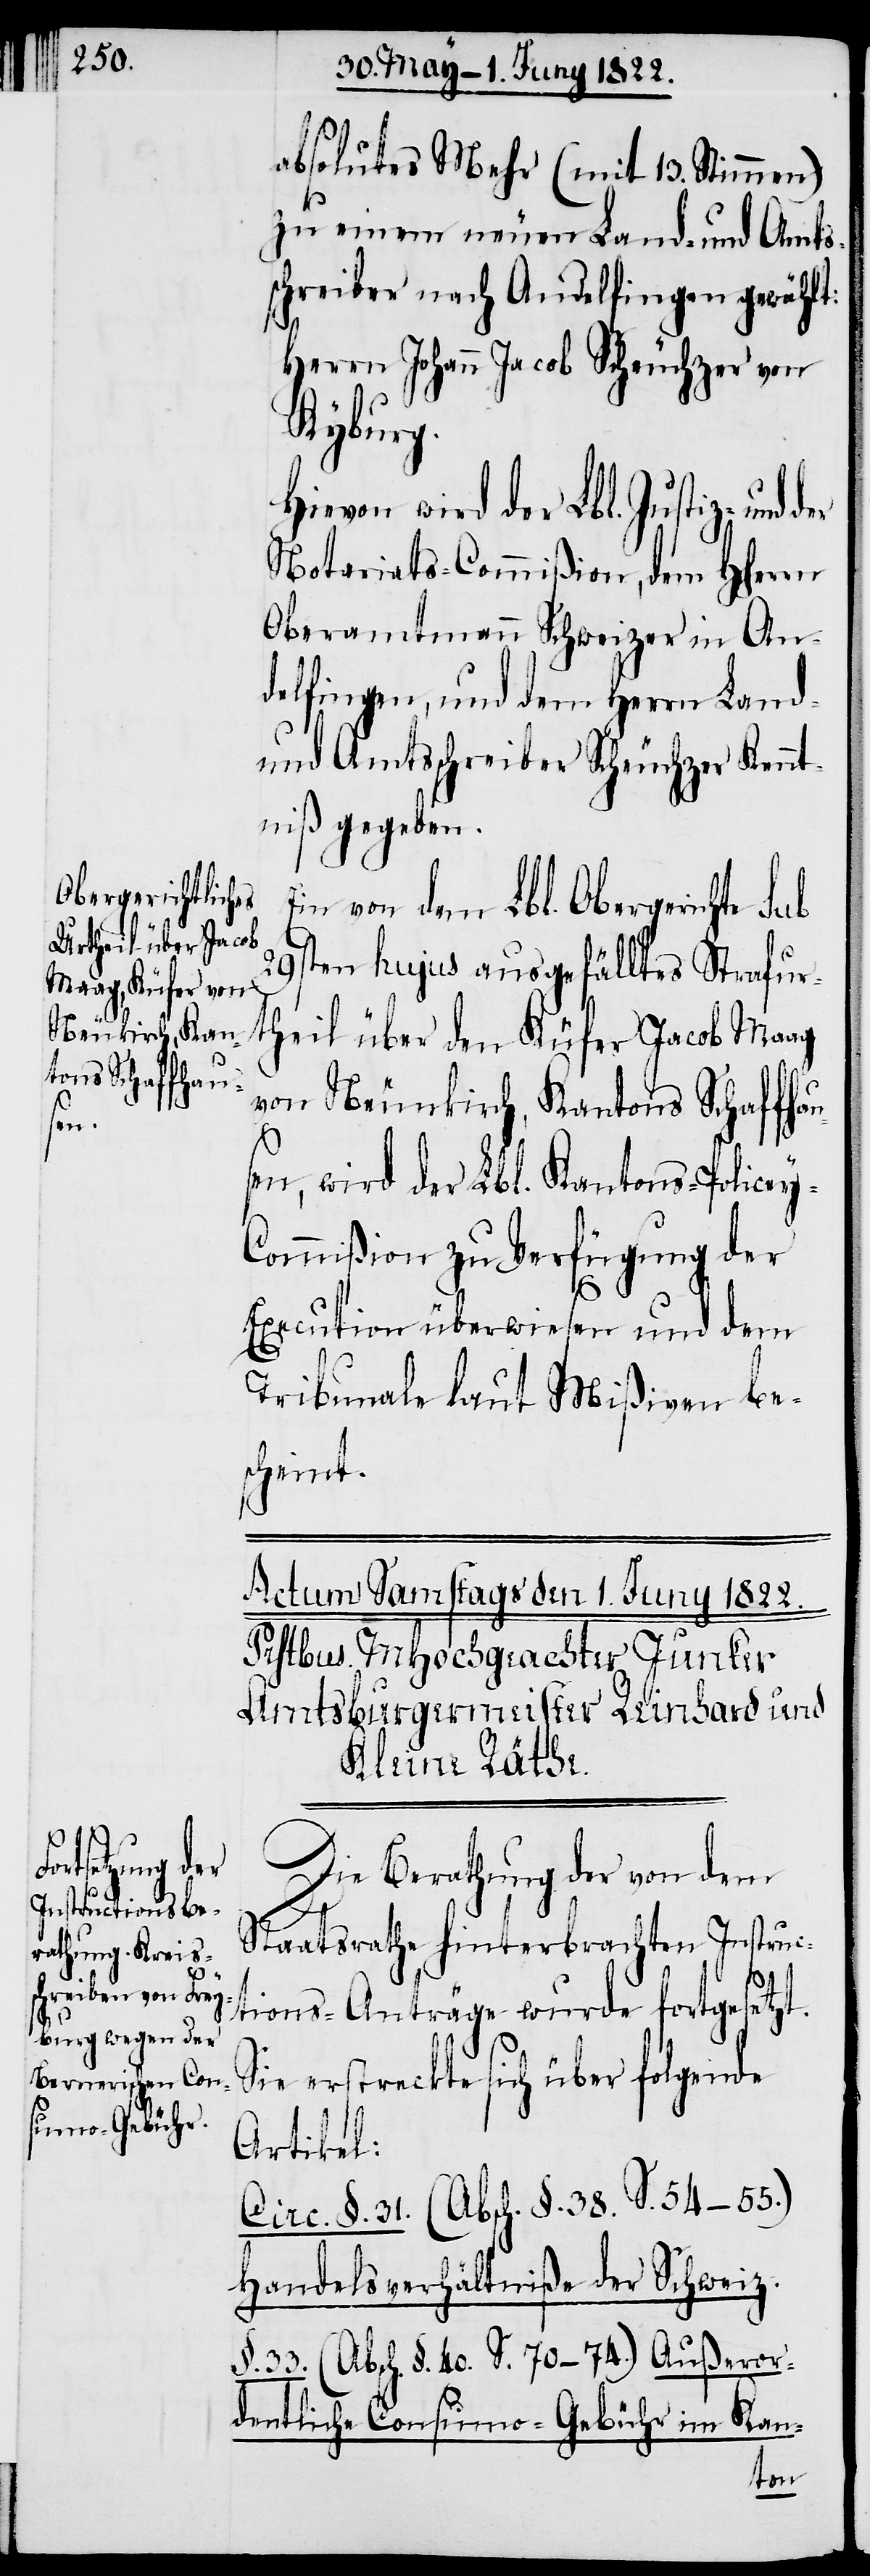
Neunkirch, Kan¬
tons Schaffhaus¬
y-C¬

absolutes Mehr (mit 13. Stimmen)
zu einem neuen Land- und Amts¬
schreiber nach Andelfingen gewählt:
Herrn Johann Jacob Scheuchzer von
Kyburg.
Hievon wird der Lbl. Justiz- und
Notariats-Commißion, dem HHerrn
Oberamtmann Schweizer in An¬
delfingen, und dem Herrn Land-
und Amtsschreiber Scheuchzer Kennt¬
niß gegeben.
Ein von dem Lbl. Oberamte Sub
29sten hujus ausgefälltes Strafur¬
theil über den Küfer Jacob Maag
en, wird der Lbl. Kantons-Police¬
ommißion zur Verfügung der
Execution überwiesen und dem
Tribunale laut Mißiven be¬
scheint.
Die Berathung der von dem
Staatsrathe hinterbrachten Instruc¬
tions-Anträge wurde fortgesetzt.
Sie erstreckte sich über folgende
Artikel:
Circ. §. 31. (Absch. §. 38. S. 54–55)
Handelsverhältniße der Schweiz:
§. 33. (Absch. §. 40. S. 70–74.) Außeror¬
Kan-
dentliche Consumo-Gebühr im